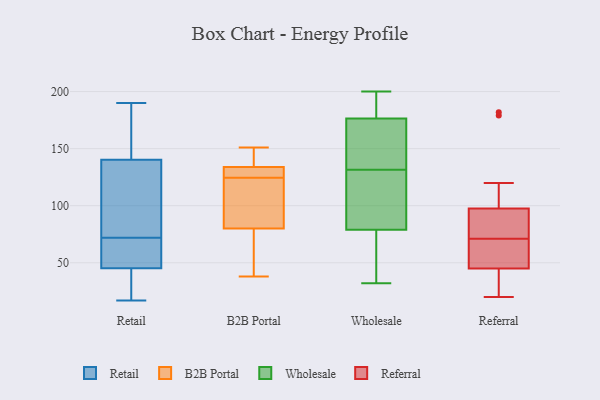
{"axis": {"x": "LTV (USD)", "y": "Value"}, "legend": ["B2B Portal", "Referral", "Retail", "Wholesale"], "data": [{"x": "", "y": 51, "type": "Retail"}, {"x": "", "y": 91, "type": "Retail"}, {"x": "", "y": 106, "type": "Retail"}, {"x": "", "y": 190, "type": "Retail"}, {"x": "", "y": 156, "type": "Retail"}, {"x": "", "y": 135, "type": "Retail"}, {"x": "", "y": 17, "type": "Retail"}, {"x": "", "y": 28, "type": "Retail"}, {"x": "", "y": 172, "type": "Retail"}, {"x": "", "y": 61, "type": "Retail"}, {"x": "", "y": 64, "type": "Retail"}, {"x": "", "y": 25, "type": "Retail"}, {"x": "", "y": 72, "type": "Retail"}, {"x": "", "y": 124, "type": "B2B Portal"}, {"x": "", "y": 134, "type": "B2B Portal"}, {"x": "", "y": 80, "type": "B2B Portal"}, {"x": "", "y": 121, "type": "B2B Portal"}, {"x": "", "y": 144, "type": "B2B Portal"}, {"x": "", "y": 131, "type": "B2B Portal"}, {"x": "", "y": 38, "type": "B2B Portal"}, {"x": "", "y": 151, "type": "B2B Portal"}, {"x": "", "y": 125, "type": "B2B Portal"}, {"x": "", "y": 78, "type": "B2B Portal"}, {"x": "", "y": 176, "type": "Wholesale"}, {"x": "", "y": 108, "type": "Wholesale"}, {"x": "", "y": 114, "type": "Wholesale"}, {"x": "", "y": 128, "type": "Wholesale"}, {"x": "", "y": 32, "type": "Wholesale"}, {"x": "", "y": 141, "type": "Wholesale"}, {"x": "", "y": 92, "type": "Wholesale"}, {"x": "", "y": 177, "type": "Wholesale"}, {"x": "", "y": 179, "type": "Wholesale"}, {"x": "", "y": 149, "type": "Wholesale"}, {"x": "", "y": 200, "type": "Wholesale"}, {"x": "", "y": 66, "type": "Wholesale"}, {"x": "", "y": 186, "type": "Wholesale"}, {"x": "", "y": 56, "type": "Wholesale"}, {"x": "", "y": 39, "type": "Wholesale"}, {"x": "", "y": 135, "type": "Wholesale"}, {"x": "", "y": 120, "type": "Referral"}, {"x": "", "y": 68, "type": "Referral"}, {"x": "", "y": 50, "type": "Referral"}, {"x": "", "y": 30, "type": "Referral"}, {"x": "", "y": 91, "type": "Referral"}, {"x": "", "y": 20, "type": "Referral"}, {"x": "", "y": 79, "type": "Referral"}, {"x": "", "y": 29, "type": "Referral"}, {"x": "", "y": 56, "type": "Referral"}, {"x": "", "y": 71, "type": "Referral"}, {"x": "", "y": 179, "type": "Referral"}, {"x": "", "y": 93, "type": "Referral"}, {"x": "", "y": 111, "type": "Referral"}, {"x": "", "y": 51, "type": "Referral"}, {"x": "", "y": 25, "type": "Referral"}, {"x": "", "y": 88, "type": "Referral"}, {"x": "", "y": 182, "type": "Referral"}]}